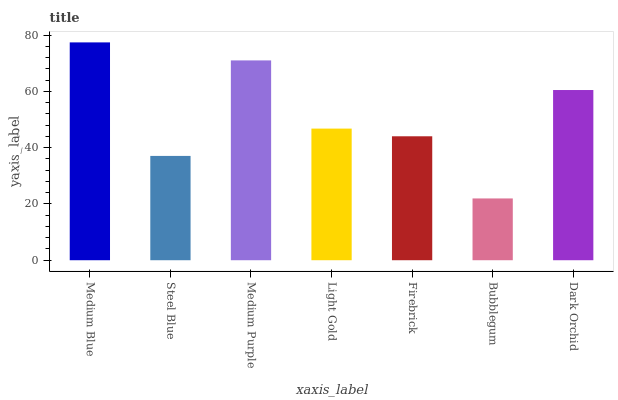
| xaxis_label | bars |
 | --- | --- |
 | Medium Blue | 77.4 |
 | Steel Blue | 37.1 |
 | Medium Purple | 71 |
 | Light Gold | 46.8 |
 | Firebrick | 44 |
 | Bubblegum | 22 |
 | Dark Orchid | 60.5 |